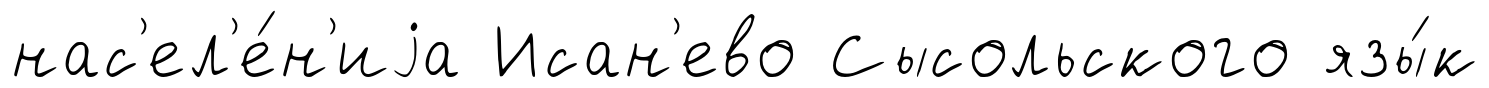
нас'ел'е́н'иjа Исан'ево Сысольского язы́к